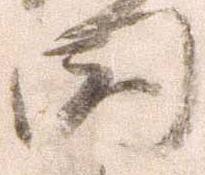
国